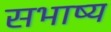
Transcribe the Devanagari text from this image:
सभाष्य